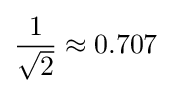
{\frac {1}{\sqrt {2}}}\approx 0.707